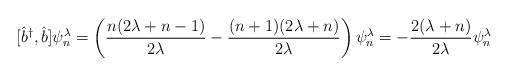
LaTeX: \begin{align*}[\hat b^{\dagger}, \hat b]\psi_{n}^{\lambda} =\left(\frac{n(2\lambda+n-1)}{2\lambda} - \frac{(n+1)(2\lambda+n)}{2\lambda}\right) \psi_{n}^{\lambda} =-\frac{2(\lambda + n)}{2\lambda}\psi_{n}^{\lambda} \end{align*}